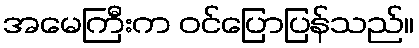
အမေကြီးက ဝင်ပြောပြန်သည်။